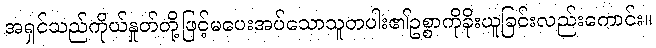
အရှင်သည်ကိုယ်နှုတ်တို့ဖြင့်မပေးအပ်သောသူတပါး၏ဥစ္စာကိုခိုးယူခြင်းလည်းကောင်း။